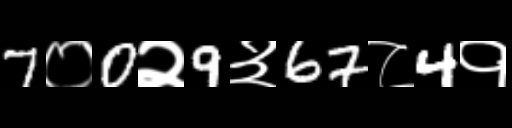
Text: 7०0२9३67८4१